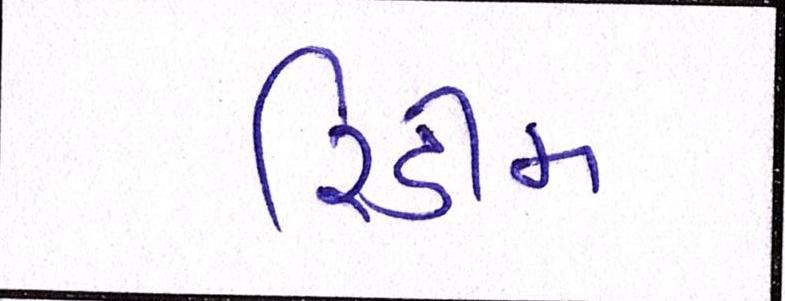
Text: રિડીમ